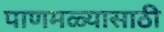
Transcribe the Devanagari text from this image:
पाणमळ्यासाठी